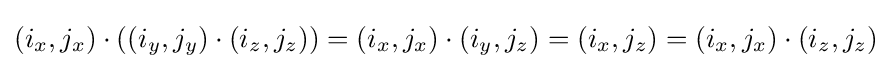
(i_{x},j_{x})\cdot ((i_{y},j_{y})\cdot (i_{z},j_{z}))=(i_{x},j_{x})\cdot (i_{y},j_{z})=(i_{x},j_{z})=(i_{x},j_{x})\cdot (i_{z},j_{z})